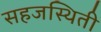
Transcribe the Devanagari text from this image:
सहजस्थिती